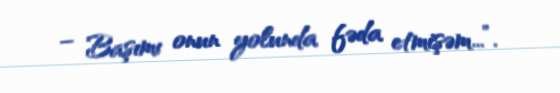
– Başımı onun yolunda fəda etmişəm...”.